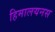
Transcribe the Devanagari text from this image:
हिमालयनस